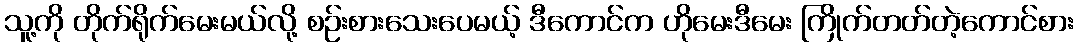
သူ့ကို တိုက်ရိုက်မေးမယ်လို့ စဉ်းစားသေးပေမယ့် ဒီကောင်က ဟိုမေးဒီမေး ကြိုက်တတ်တဲ့ကောင်စား